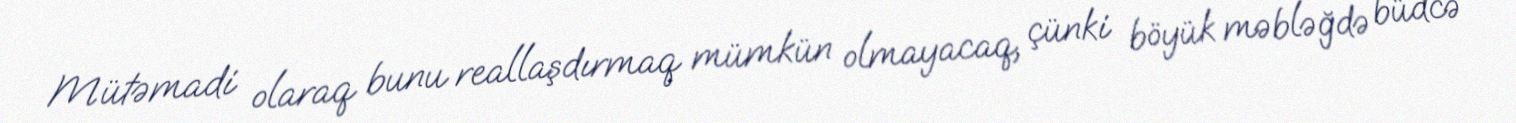
Mütəmadi olaraq bunu reallaşdırmaq mümkün olmayacaq, çünki böyük məbləğdə büdcə